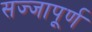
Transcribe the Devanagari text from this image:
सज्जापूर्ण